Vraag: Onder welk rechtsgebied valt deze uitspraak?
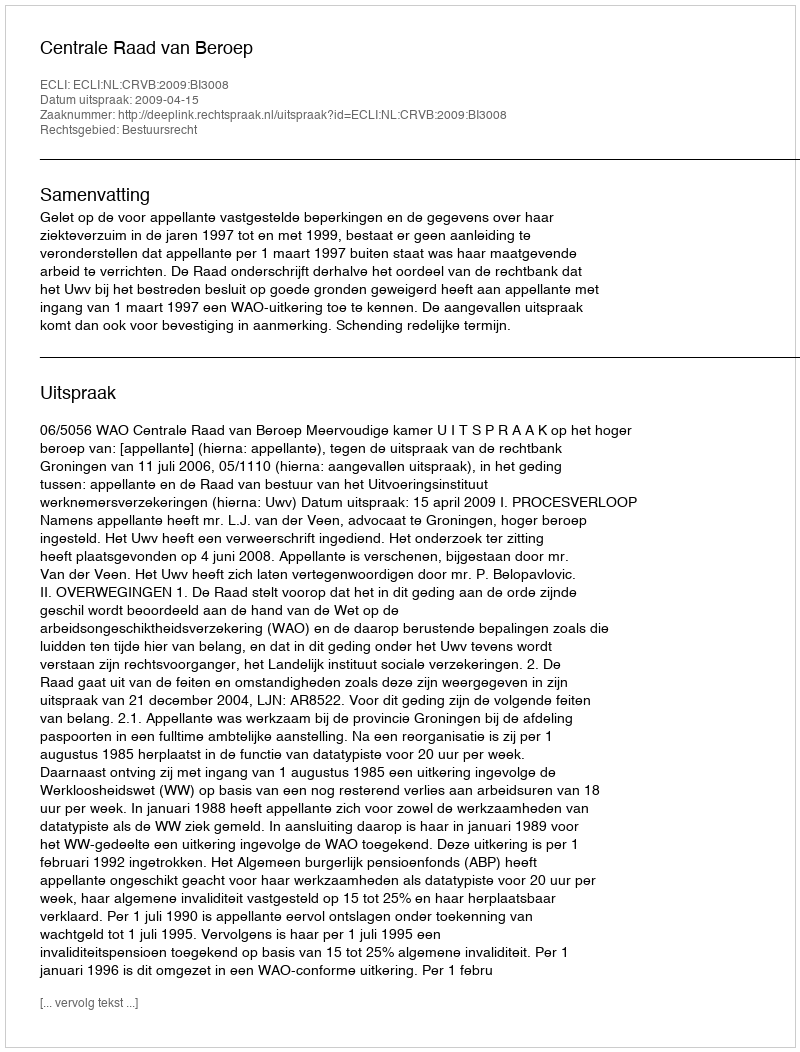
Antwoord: Bestuursrecht